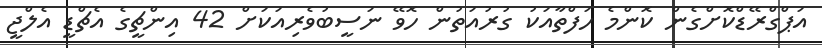
އަޕްގްރޭޑްކޮށްގެން ކޮންމެ ހަފްތާއަކު ގުރުއަތުން ހޮވޭ ނަސީބުވެރިއަކަށް 42 އިންޗީގެ އެޗްޑީ އެލްޖީ